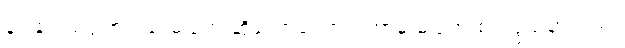
နဝါနဝါသဒ္ဒါက ရံခါ မပြုဟု ဆိုသောကြောင့် ဘာမှ မပြုဘဲ စတုဒ္ဒသဟုလည်း